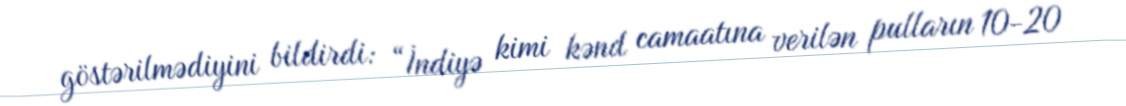
göstərilmədiyini bildirdi: “İndiyə kimi kənd camaatına verilən pulların 10-20